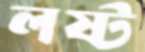
লষ্ট